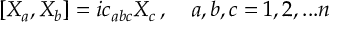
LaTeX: [ X _ { a } , X _ { b } ] = i c _ { a b c } X _ { c } \, , \quad a , b , c = 1 , 2 , . . . n